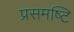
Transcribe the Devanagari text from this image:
प्रसमष्‍टि